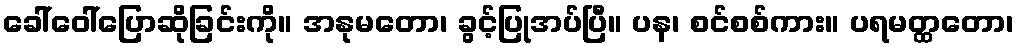
ခေါ်ဝေါ်ပြောဆိုခြင်းကို။ အနုမတော၊ ခွင့်ပြုအပ်ပြီ။ ပန၊ စင်စစ်ကား။ ပရမတ္ထတော၊